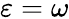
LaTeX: \varepsilon=\omega